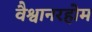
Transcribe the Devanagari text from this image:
वैश्वानरहोम